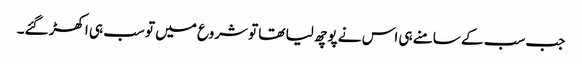
جب سب کے سامنے ہی اس نے پوچھ لیا تھا تو شروع میں تو سب ہی اکھڑ گئے۔